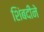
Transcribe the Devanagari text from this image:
शिंबदीने